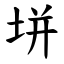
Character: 垪